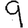
Digit: 9